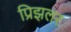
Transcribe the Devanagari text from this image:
प्रिझलर